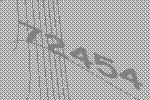
72454